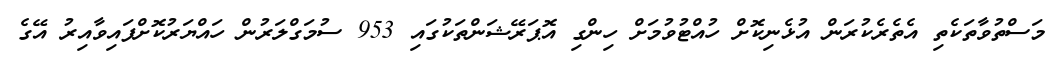
މަސްތުވާތަކެތި އެތެރެކުރަން އުޅެނިކޮށް ހުއްޓުވުމަށް ހިންގި އޮޕަރޭޝަންތަކުގައި 953 ސުމަގްލަރުން ހައްޔަރުކޮށްފައިވާއިރު އޭގެ